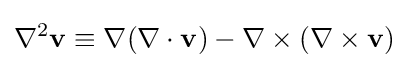
\nabla ^{2}\mathbf {v} \equiv \nabla (\nabla \cdot \mathbf {v} )-\nabla \times (\nabla \times \mathbf {v} )